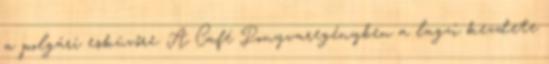
a polgári esküvőre. A Café Ponyvaregényben a lagzi kezdete